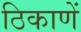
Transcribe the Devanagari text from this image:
ठिकाणें